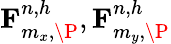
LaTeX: \mathbf{F}_{m_{x},\P}^{n,h},\mathbf{F}_{m_{y},\P}^{n,h}